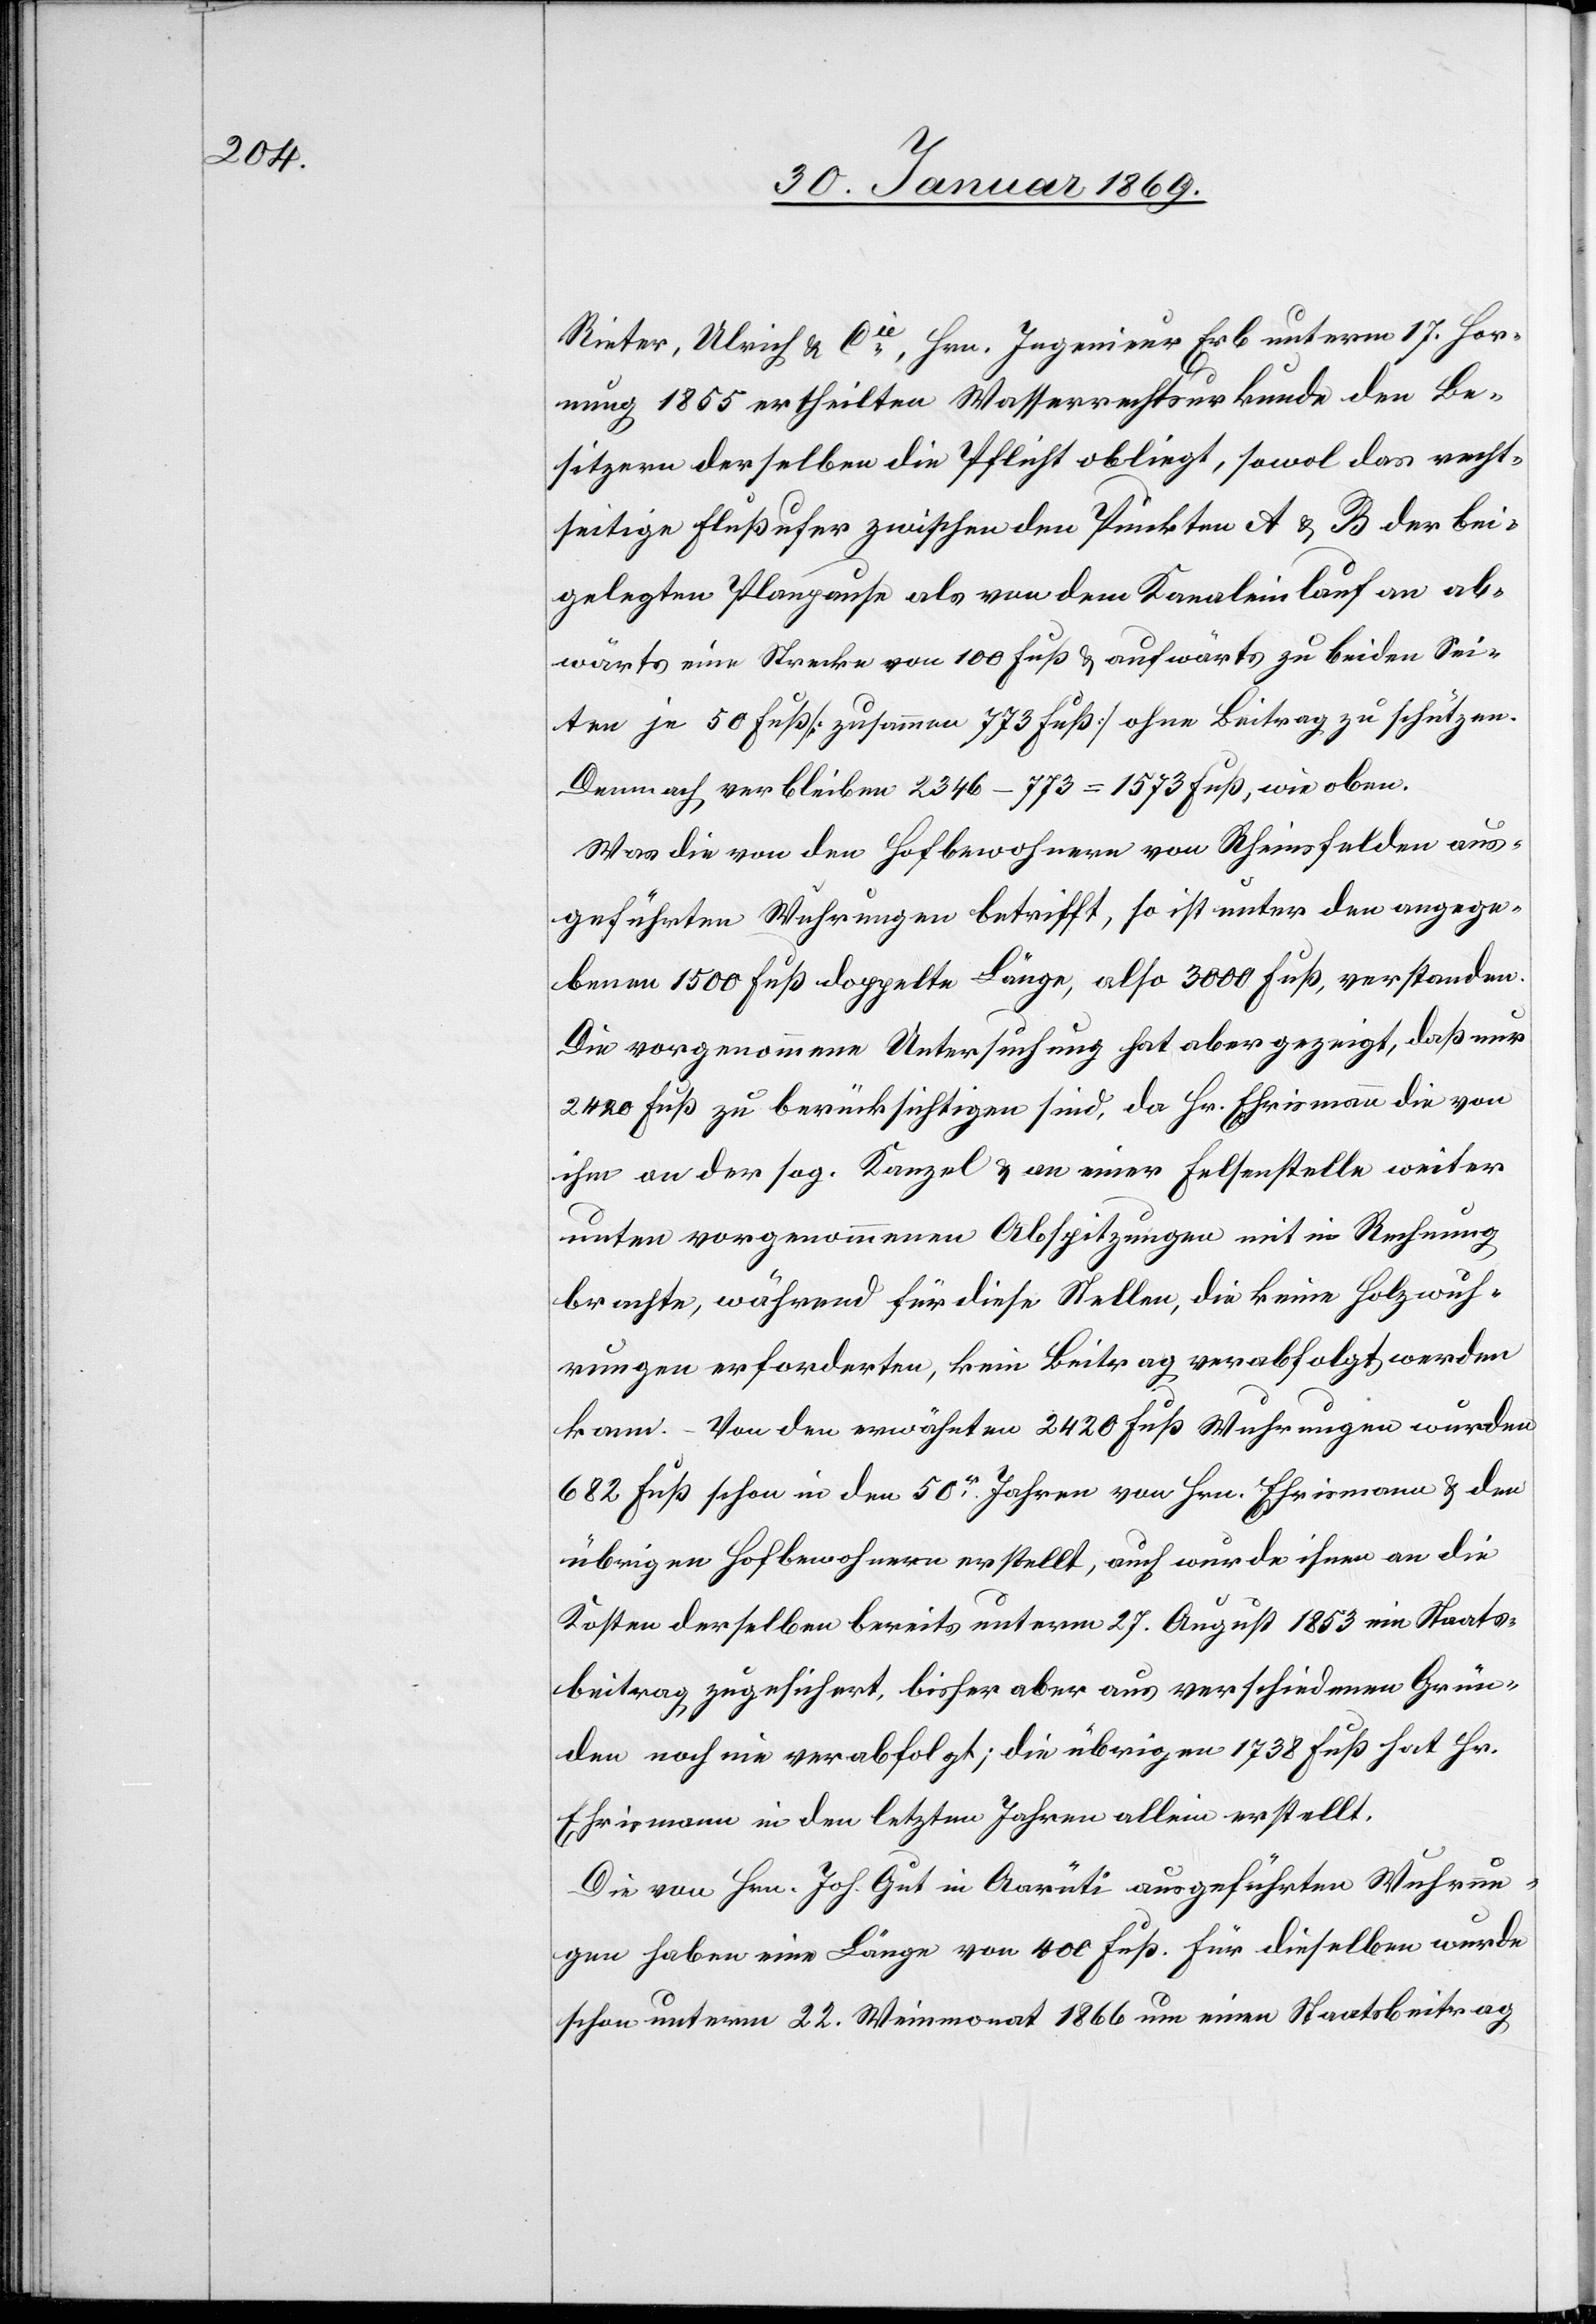
Rieter, Ulrich u. Cie, Hrn. Ingenieur Erb unterm 17. Hor¬
nung 1855 ertheilten Wasserrechtsurkunde den Be¬
sitzern derselben die Pflicht obliegt, sowol das recht¬
seitige Flußufer zwischen den Punkten A u. B der bei¬
gelegten Planpause als von dem Kanaleinlauf an ab¬
wärts eine Strecke von 100 Fuß u. aufwärts zu beiden Sei¬
ten je 50 Fuß [zusammen 773 Fuß] ohne Beitrag zu schützen.
Demnach verbleiben 2346 – 773 = 1573 Fuß, wie oben.
Was die von den Hofbewohnern von Rheinsfelden aus¬
geführten Wuhrungen betrifft, so ist unter den angege¬
benen 1500 Fuß doppelte Länge, also 3000 Fuß, verstanden.
Die vorgenommene Untersuchung hat aber gezeigt, daß nur
2420 Fuß zu berücksichtigen sind, da Hr. Ehrismann die von
ihm an der sog. Kanzel u. an einer Felsenstelle weiter
unten vorgenommenen Abspitzungen mit in Rechnung
brachte, während für diese Stellen, die keine Holzwuh¬
rungen erforderten, kein Beitrag verabfolgt werden
kann. – Von den erwähnten 2420 Fuß Wuhrungen wurden
682 Fuß schon in den 50er Jahren von Hrn. Ehrismann u. den
übrigen Hofbewohnern erstellt, auch wurde ihnen an die
Kosten derselben bereits unterm 27. August 1853 ein Staats¬
beitrag zugesichert, bisher aber aus verschiedenen Grün¬
den noch nie verabfolgt; die übrigen 1738 Fuß hat Hr.
Ehrismann in den letzten Jahren allein erstellt.
Die von Hrn. Joh. Gut in Aarüti ausgeführten Wuhrun¬
gen haben eine Länge von 400 Fuß. Für dieselben wurde
schon unterm 22. Weinmonat 1866 um einen Staatsbeitrag